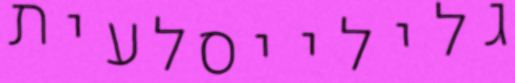
גלילייסלעית